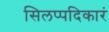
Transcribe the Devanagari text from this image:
सिलप्पदिकारं